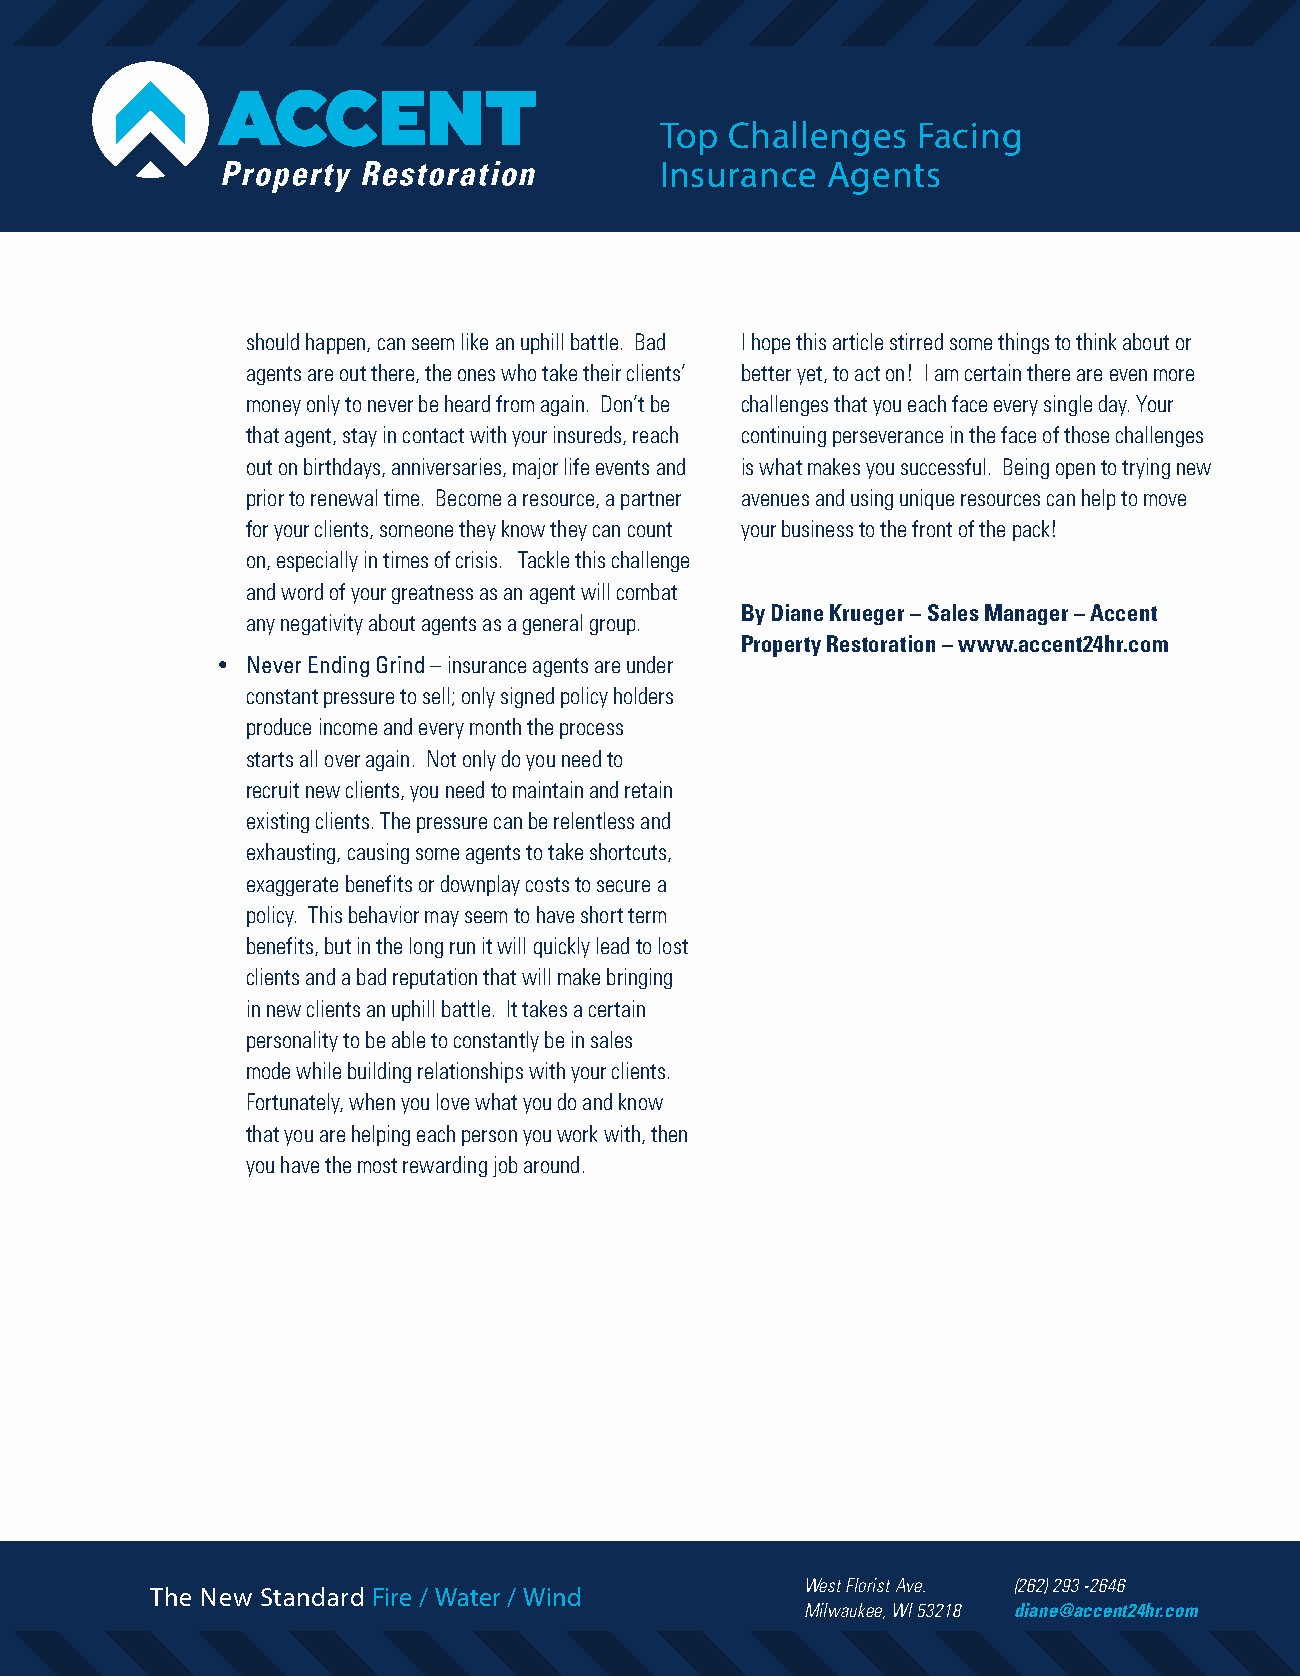
Top Challenges   Facing
 Insurance  Agents
 should happen, can seem like an uphill battle. Bad I hope this article stirred some things to think about or
 agents are out there, the ones who take their clients’ better yet, to act on! I am certain there are even more
 money only to never be heard from again. Don’t be challenges that you each face every single day. Your
 that agent, stay in contact with your insureds, reach continuing perseverance in the face of those challenges
 out on birthdays, anniversaries, major life events and is what makes you successful. Being open to trying new
 prior to renewal time. Become a resource, a partner avenues and using unique resources can help to move
 for your clients, someone they know they can count your business to the front of the pack!
 on, especially in times of crisis. Tackle this challenge
 and word of your greatness as an agent will combat
 By Diane Krueger – Sales Manager – Accent
 any negativity about agents as a general group.
 Property Restoration – www.accent24hr.com
 • Never Ending Grind – insurance agents are under
 constant pressure to sell; only signed policy holders
 produce income and every month the process
 starts all over again. Not only do you need to
 recruit new clients, you need to maintain and retain
 existing clients. The pressure can be relentless and
 exhausting, causing some agents to take shortcuts,
 exaggerate benefits or downplay costs to secure a
 policy. This behavior may seem to have short term
 benefits, but in the long run it will quickly lead to lost
 clients and a bad reputation that will make bringing
 in new clients an uphill battle. It takes a certain
 personality to be able to constantly be in sales
 mode while building relationships with your clients.
 Fortunately, when you love what you do and know
 that you are helping each person you work with, then
 you have the most rewarding job around.
 The New Standard Fire / Water / Wind       West Florist Ave. (262) 293 -2646
 Milwaukee, WI 53218 diane@accent24hr.com